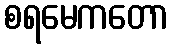
စရမေကတော